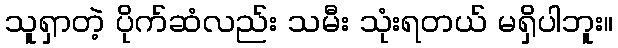
သူရှာတဲ့ ပိုက်ဆံလည်း သမီး သုံးရတယ် မရှိပါဘူး။